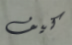
كيف